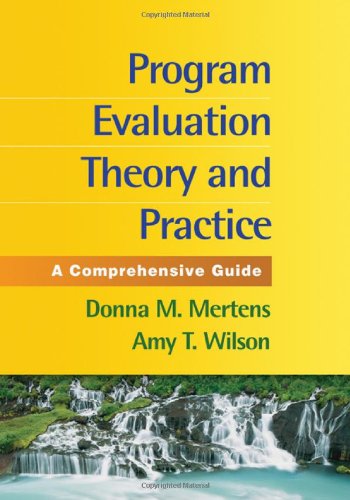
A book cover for Program Evaluation Theory and Practice: A Comprehensive Guide; Donna M. Mertens PhD; Medical Books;